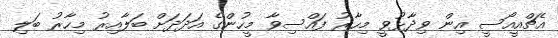
އެޗްއީއޯސީ އިން ވިދާޅުވީ މިހާރު ފައްސިވާ މީހުންގެ އަދަދަށް ބަލާއިރު މިހާރު ބަލި